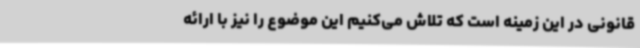
قانونی در این زمینه است که تلاش می‌کنیم این موضوع را نیز با ارائه